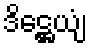
ဒိဋ္ဌေယျံ